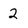
Character: 2